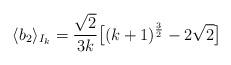
LaTeX: \begin{align*}\langle b_2\rangle_{I_k}= \frac{\sqrt 2}{3k}\big[ (k+1)^{\frac 32}-2\sqrt 2 \big]\end{align*}